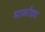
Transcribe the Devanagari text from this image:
मार्कांड्या